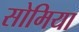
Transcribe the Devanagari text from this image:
सोमिया